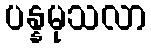
ပန္နမုသလာ